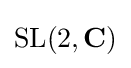
\operatorname {SL} (2,\mathbf {C} )